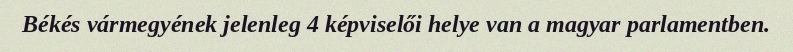
Békés vármegyének jelenleg 4 képviselői helye van a magyar parlamentben.